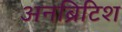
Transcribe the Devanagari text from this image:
अनब्रिटिश